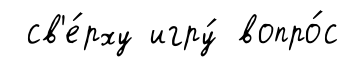
св'е́рху игру́ вопро́с